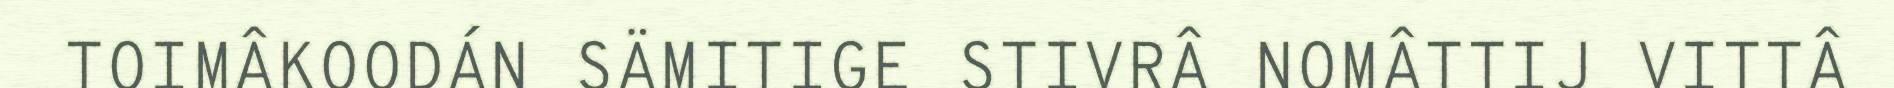
TOIMÂKOODÁN SÄMITIGE STIVRÂ NOMÂTTIJ VITTÂ